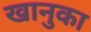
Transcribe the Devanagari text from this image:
खानुका